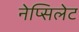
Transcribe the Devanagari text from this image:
नेप्सिलेट